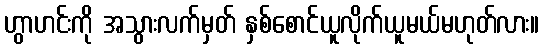
ဟွာဟင်းကို အသွားလက်မှတ် နှစ်စောင်ယူလိုက်ယူမယ်မဟုတ်လား။